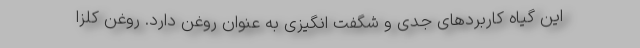
این گیاه کاربردهای جدی و شگفت انگیزی به عنوان روغن دارد. روغن کلزا